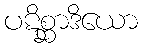
ပဋိစ္ဆာဒိယော